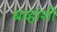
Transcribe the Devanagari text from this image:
बव्हांशी